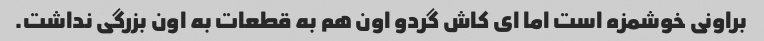
براونی خوشمزه است اما ای کاش گردو اون هم به قطعات به اون بزرگی نداشت.